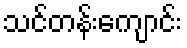
သင်တန်းကျောင်း